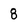
Character: 8